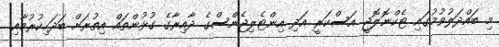
މި ބައްދަލުވުމުގައި ޓެކްނޮލޮޖީ އަސްކަރީ އަދި އިންޓެލިޖެންސްގެ ދާއިރާގެ ގުޅުންތައް އިތުރަށް ބަދަހިކުރުމާއި